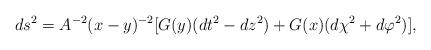
LaTeX: \begin{align*}ds^2 = A^{-2}(x-y)^{-2}[ G(y)(dt^2 - dz^2) + G(x)(d\chi^2 + d\varphi^2)],\end{align*}